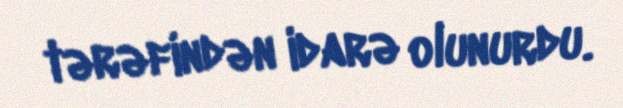
tərəfindən idarə olunurdu.